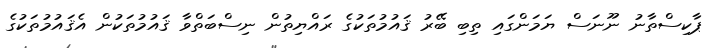
ޕާކިސްތާނު ނޫނަސް ޔަމަންގައި ތިބި ބޭރު ޤައުމުތަކުގެ ރައްޔިތުން ނިސްބަތްވާ ޤައުމުތަކުން އެޤައުމުތަކުގެ